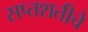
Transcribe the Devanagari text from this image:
सप्तशतीचे